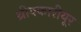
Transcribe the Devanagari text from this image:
थ्रीक्कारीयूर